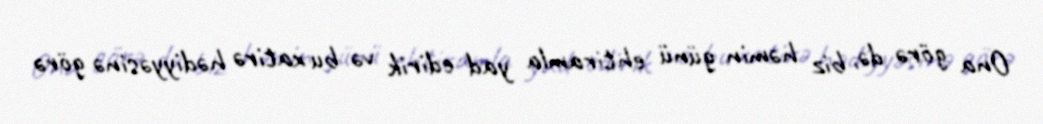
Ona görə də, biz həmin günü ehtiramla yad edirik və bu xatirə hədiyyəsinə görə